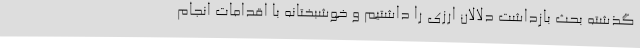
گذشته بحث بازداشت دلالان ارزی را داشتیم و خوشبختانه با اقدامات انجام